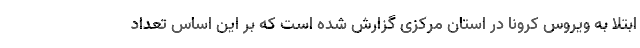
ابتلا به ویروس کرونا در استان مرکزی گزارش شده است که بر این اساس تعداد